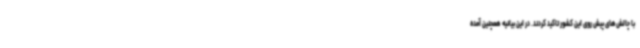
با چالش‌های پیش روی این کشور تاکید کردند. در این بیانیه همچنین آمده